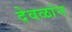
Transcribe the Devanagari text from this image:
देवळांन